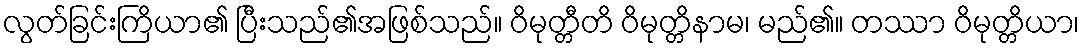
လွတ်ခြင်းကြိယာ၏ ပြီးသည်၏အဖြစ်သည်။ ဝိမုတ္တီတိ ဝိမုတ္တိနာမ၊ မည်၏။ တဿာ ဝိမုတ္တိယာ၊